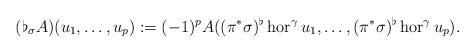
LaTeX: \begin{align*} (\flat_{\sigma}A)(u_{1},\ldots,u_{p}):=(-1)^{p}A((\pi^{*}\sigma)^{\flat}\operatorname{hor}^{\gamma}u_{1},\ldots,(\pi^{*}\sigma)^{\flat}\operatorname{hor}^{\gamma}u_{p}).\end{align*}